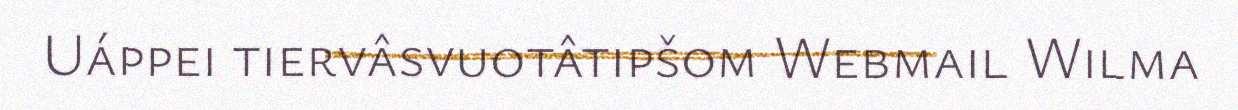
Uáppei tiervâsvuotâtipšom Webmail Wilma